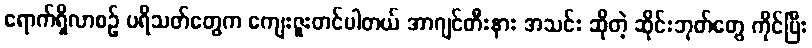
ရောက်ရှိလာစဉ် ပရိသတ်တွေက ကျေးဇူးတင်ပါတယ် အာဂျင်တီးနား အသင်း ဆိုတဲ့ ဆိုင်းဘုတ်တွေ ကိုင်ပြီး